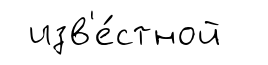
изв'е́стной